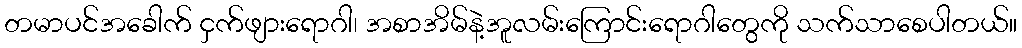
တမာပင်အခေါက် ငှက်ဖျားရောဂါ၊ အစာအိမ်နဲ့အူလမ်းကြောင်းရောဂါတွေကို သက်သာစေပါတယ်။